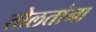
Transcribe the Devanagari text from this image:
तोलतांना